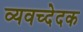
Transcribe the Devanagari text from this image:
व्यवच्देदक